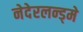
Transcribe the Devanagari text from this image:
नेदेरलन्ड्मे